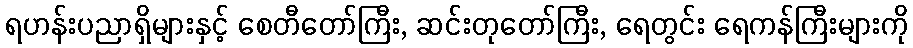
ရဟန်းပညာရှိများနှင့် စေတီတော်ကြီး, ဆင်းတုတော်ကြီး, ရေတွင်း ရေကန်ကြီးများကို